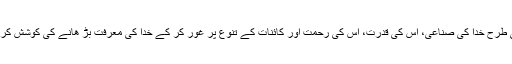
اسی طرح خدا کی صناعی، اس کی قدرت، اس کی رحمت اور کائنات کے تنوع پر غور کر کے خدا کی معرفت بڑ ھانے کی کوشش کریں ۔